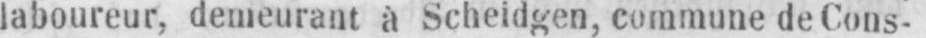
laboureur, demeurant à Scheidgen, commune de Cons-